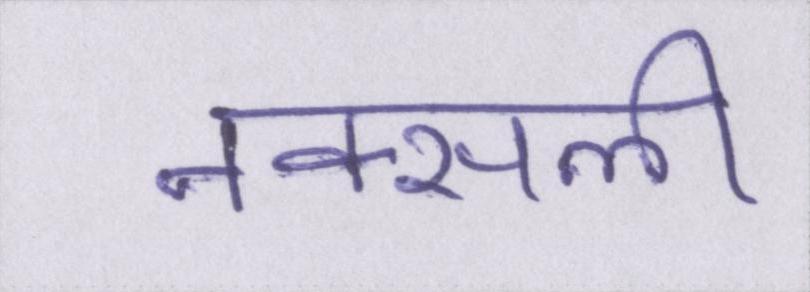
नक्सली